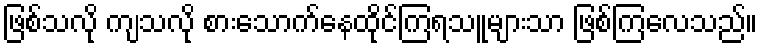
ဖြစ်သလို ကျသလို စားသောက်နေထိုင်ကြရသူများသာ ဖြစ်ကြလေသည်။